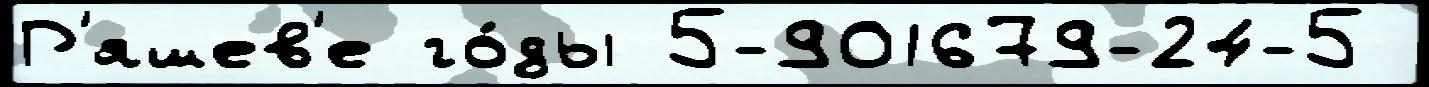
Р'яшев'е го́ды 5-901679-24-5